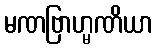
မဏဗြာဟ္မဏိယာ